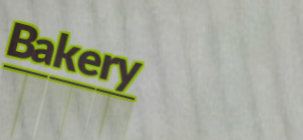
Bakery